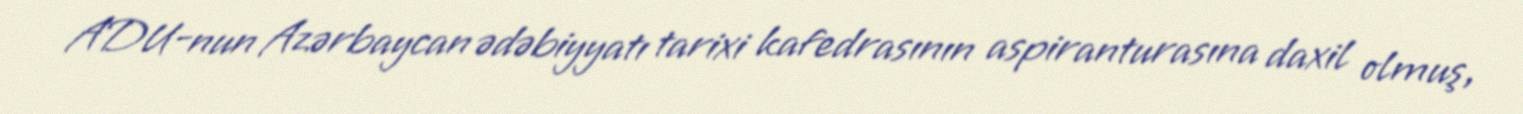
ADU-nun Azərbaycan ədəbiyyatı tarixi kafedrasının aspiranturasına daxil olmuş,